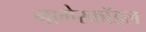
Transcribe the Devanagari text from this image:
नागेरकॉइल